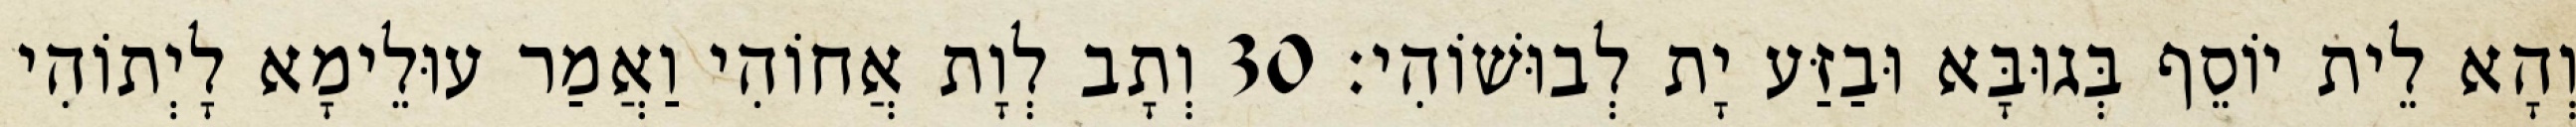
וְהָא לֵית יוֹסֵף בְּגוּבָּא וּבַזַּע יָת לְבוּשׁוֹהִי׃ 30 וְתָב לְוָת אֲחוֹהִי וַאֲמַר עוּלֵימָא לָיְתוֹהִי